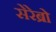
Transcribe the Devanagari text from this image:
सेरेब्रो